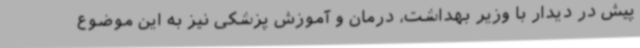
پیش در دیدار با وزیر بهداشت، درمان و آموزش پزشکی نیز به این موضوع